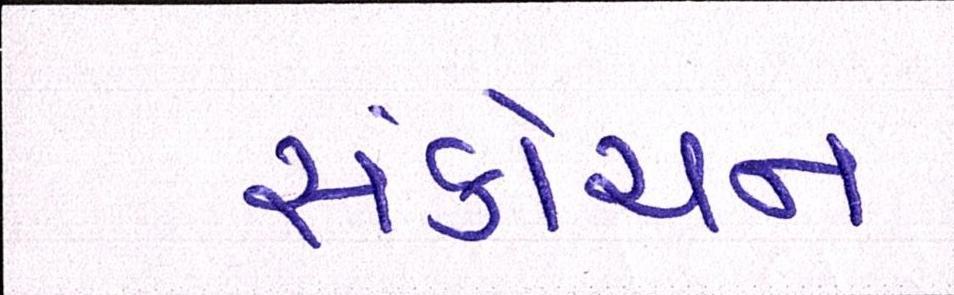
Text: સંકોચન